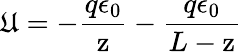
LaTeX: \mathfrak{U}=-\frac{{q\epsilon_{0}}}{{\mathrm{{z}}}}-\frac{{q\epsilon_{0}}}{{L-\mathrm{{z}}}}